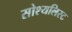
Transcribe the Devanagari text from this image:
सोश्यलिस्ट